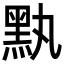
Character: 𪐟